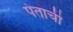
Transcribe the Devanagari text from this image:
पंताची